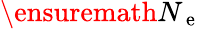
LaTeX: \ensuremath{N_{\mathrm{~e~}}}